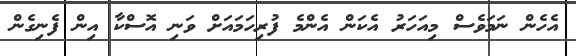
އެހެން ނަމަވެސް މިއަހަރު އެކަން އެންމެ ފުރިހަމައަށް ވަނި އޮސްކާ އިން ފެނިގެން